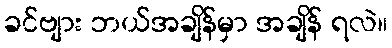
ခင်ဗျား ဘယ်အချိန်မှာ အချိန် ရလဲ။